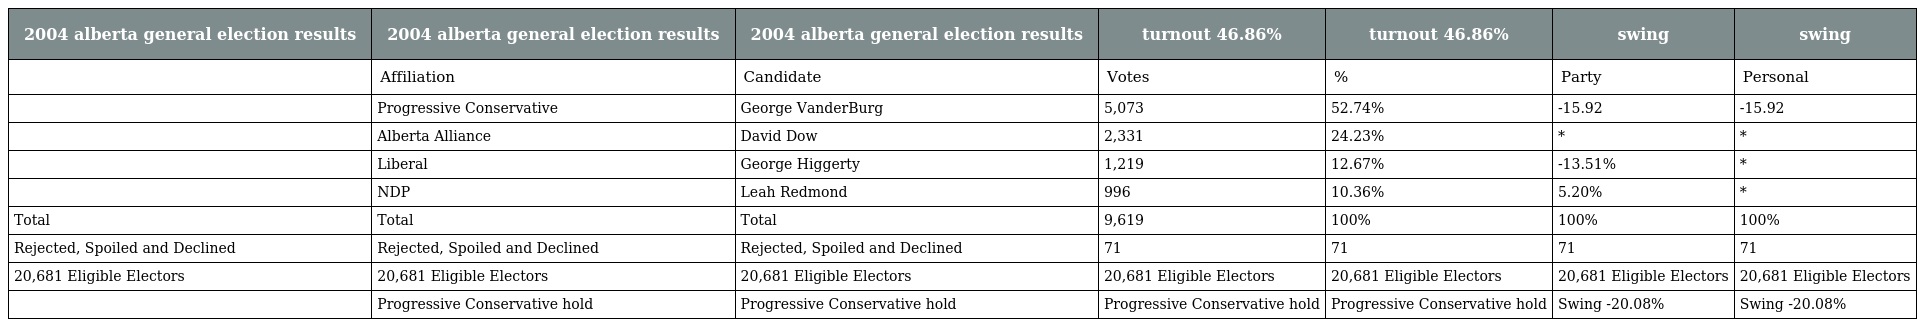
| 2004 alberta general election results | 2004 alberta general election results | 2004 alberta general election results | turnout 46.86% | turnout 46.86% | swing | swing |
 | --- | --- | --- | --- | --- | --- | --- |
 |  | Affiliation | Candidate | Votes | % | Party | Personal |
 |  | Progressive Conservative | George VanderBurg | 5,073 | 52.74% | -15.92 | -15.92 |
 |  | Alberta Alliance | David Dow | 2,331 | 24.23% | * | * |
 |  | Liberal | George Higgerty | 1,219 | 12.67% | -13.51% | * |
 |  | NDP | Leah Redmond | 996 | 10.36% | 5.20% | * |
 | Total | Total | Total | 9,619 | 100% | 100% | 100% |
 | Rejected, Spoiled and Declined | Rejected, Spoiled and Declined | Rejected, Spoiled and Declined | 71 | 71 | 71 | 71 |
 | 20,681 Eligible Electors | 20,681 Eligible Electors | 20,681 Eligible Electors | 20,681 Eligible Electors | 20,681 Eligible Electors | 20,681 Eligible Electors | 20,681 Eligible Electors |
 |  | Progressive Conservative hold | Progressive Conservative hold | Progressive Conservative hold | Progressive Conservative hold | Swing -20.08% | Swing -20.08% |